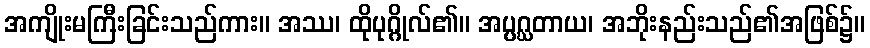
အကျိုးမကြီးခြင်းသည်ကား။ အဿ၊ ထိုပုဂ္ဂိုလ်၏။ အပ္ပဂ္ဃတာယ၊ အဘိုးနည်းသည်၏အဖြစ်၌။